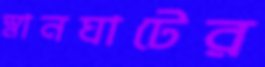
স্নানঘাটের